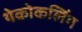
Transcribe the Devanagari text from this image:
थेकोकलिंग